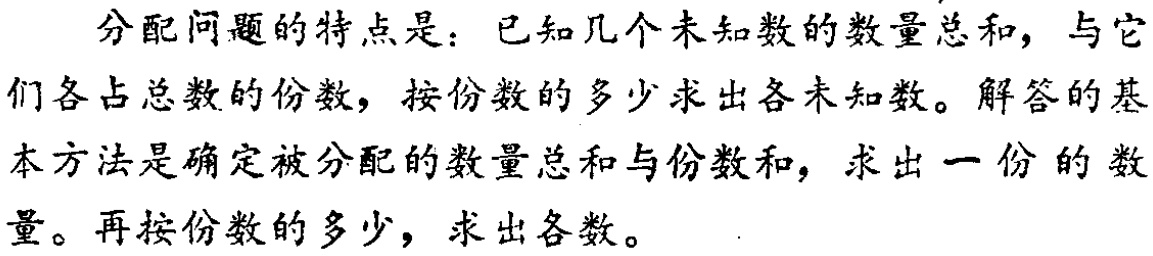
分配问题的特点是：已知几个未知数的数量总和，与它们各占总数的份数，按份数的多少求出各未知数。解答的基本方法是确定被分配的数量总和与份数和，求出一份的数量。再按份数的多少，求出各数。